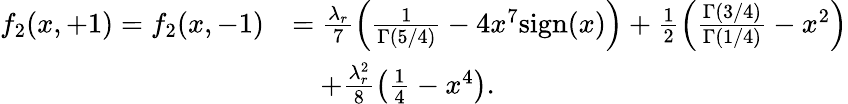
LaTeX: \begin{array}{rl}{f_{2}(x,+1)=f_{2}(x,-1)}&{=\frac{\lambda_{r}}{7}\left(\frac{1}{\Gamma(5/4)}-4x^{7}\textnormal{sign}(x)\right)+\frac{1}{2}\left(\frac{\Gamma(3/4)}{\Gamma(1/4)}-x^{2}\right)}\\ &{\quad+\frac{\lambda_{r}^{2}}{8}\left(\frac{1}{4}-x^{4}\right).}\end{array}